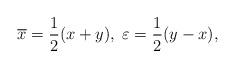
LaTeX: \begin{align*}\overline{x}=\frac 12(x+y),\;\varepsilon =\frac 12(y-x),\end{align*}